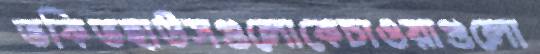
তকিতহাউসগুলোকেচাওয়াগুলো